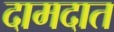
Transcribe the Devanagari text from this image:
दामदात